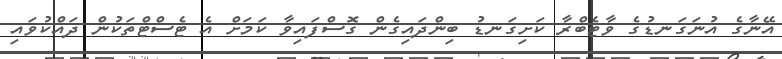
އޭނާގެ އުނަގަނޑުގެ ވާޓެބްރާ ކަށިގަނޑު ބިންދައިގެން ގޮސްފައިވާ ކަމަށް އެ ޓެސްޓްތަކުން ދައްކުވައި